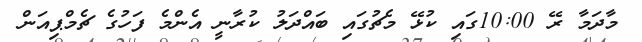
މާދަމާ ރޭ 10:00ގައި ކުޅޭ މެޗުގައި ބައްދަލު ކުރާނީ އެންމެ ފަހުގެ ޗެމްޕިއަން